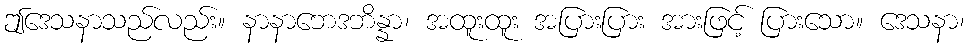
ဤဒေသနာသည်လည်း။ နာနာဘေဒဘိန္နာ၊ အထူးထူး အပြားပြား အားဖြင့် ပြားသော။ ဒေသနာ၊